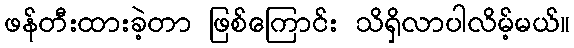
ဖန်တီးထားခဲ့တာ ဖြစ်ကြောင်း သိရှိလာပါလိမ့်မယ်။